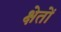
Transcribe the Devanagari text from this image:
क्षेतों